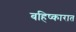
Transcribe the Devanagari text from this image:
बहिष्कारात